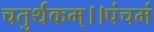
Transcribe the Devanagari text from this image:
चतुर्थकम्।।पंचमं